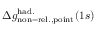
\Delta { g } _ { \mathrm { n o n - r e l . , p o i n t } } ^ { \mathrm { h a d . } } ( 1 s )